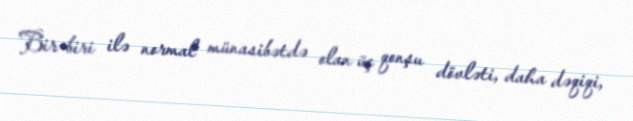
Bir-biri ilə normal münasibətdə olan üç qonşu dövləti, daha dəqiqi,